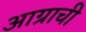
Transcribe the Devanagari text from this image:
आग्राची